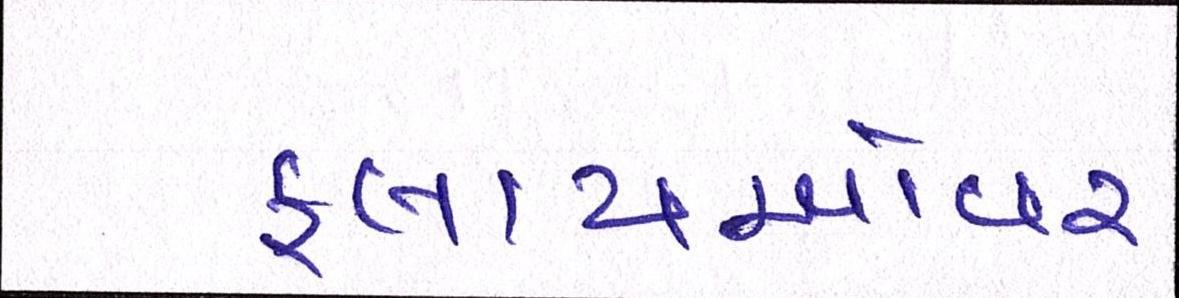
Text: ફ્લાયઓવર